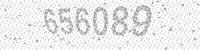
Solution: 656089